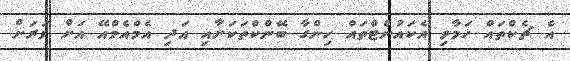
އެ ޗެކްތައް ހަމާވި އެކައުންޓްތައް ހިންގާ ބޭންކްތަކަށާއި އަދި އެމްއެމްއޭ އަށް ވަރަށް